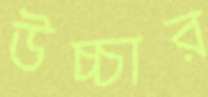
উচ্চার